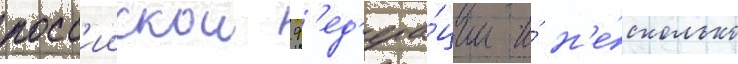
росс'иискои ф'ед'ера́ции и́ н'е́сколько